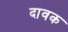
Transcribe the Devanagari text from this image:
दावक